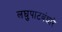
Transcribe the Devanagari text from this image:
लघुपाटबंधारे